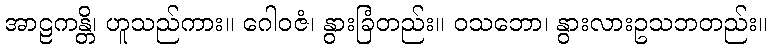
အာဠကန္တိ၊ ဟူသည်ကား။ ဂေါဝဇံ၊ နွားခြံတည်း။ ဝသဘော၊ နွားလားဥသဘတည်း။